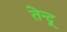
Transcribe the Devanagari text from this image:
तेन्दू